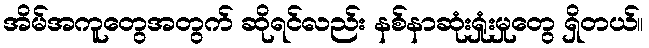
အိမ်အကူတွေအတွက် ဆိုရင်လည်း နစ်နာဆုံးရှုံးမှုတွေ ရှိတယ်။